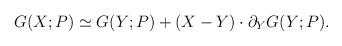
LaTeX: \begin{align*}G (X; P) \simeq G (Y; P) + (X - Y) \cdot \partial_Y G (Y; P) . \end{align*}